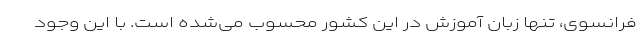
فرانسوی، تنها زبان آموزش در این کشور محسوب می‌شده است. با این وجود